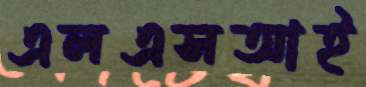
এলএসআই